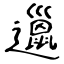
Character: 邋